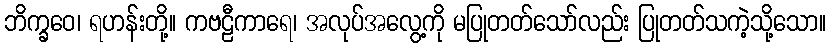
ဘိက္ခဝေ၊ ရဟန်းတို့။ ကဗဠီကာရေ၊ အလုပ်အလွေ့ကို မပြုတတ်သော်လည်း ပြုတတ်သကဲ့သို့သော။